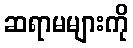
ဆရာမများကို